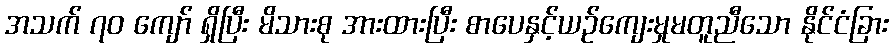
အသက် ၇၀ ကျော် ရှိပြီး မိသားစု အားထားပြီး စာပေနှင့်ယဉ်ကျေးမှုမတူညီသော နိုင်ငံခြား